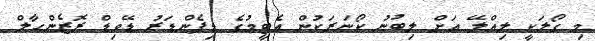
މި ގޯލަކީ ލިއްލޭ އަށް ލިބުނު ކޯނަރަކުން އެޓީމުގެ ޑިފެންޑަރު ޑޭވިޑް ރޮޒެންހާލް